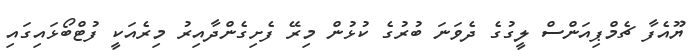
ޔޫއެފާ ޗެމްޕިއަންސް ލީގުގެ ދެވަނަ ބުރުގެ ކުޅުން މިރޭ ފެށިގެންދާއިރު މިރެއަކީ ފުޓްބޯޅައިގައި